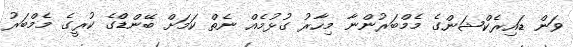
ވަން ޑައިރެކްޝަންގެ މެމްބަރުންނާ މިހާރު ގުޅުމެއް ނެތް ކަމަށް ބޭންޑްގެ ކުރީގެ މެމްބަރު